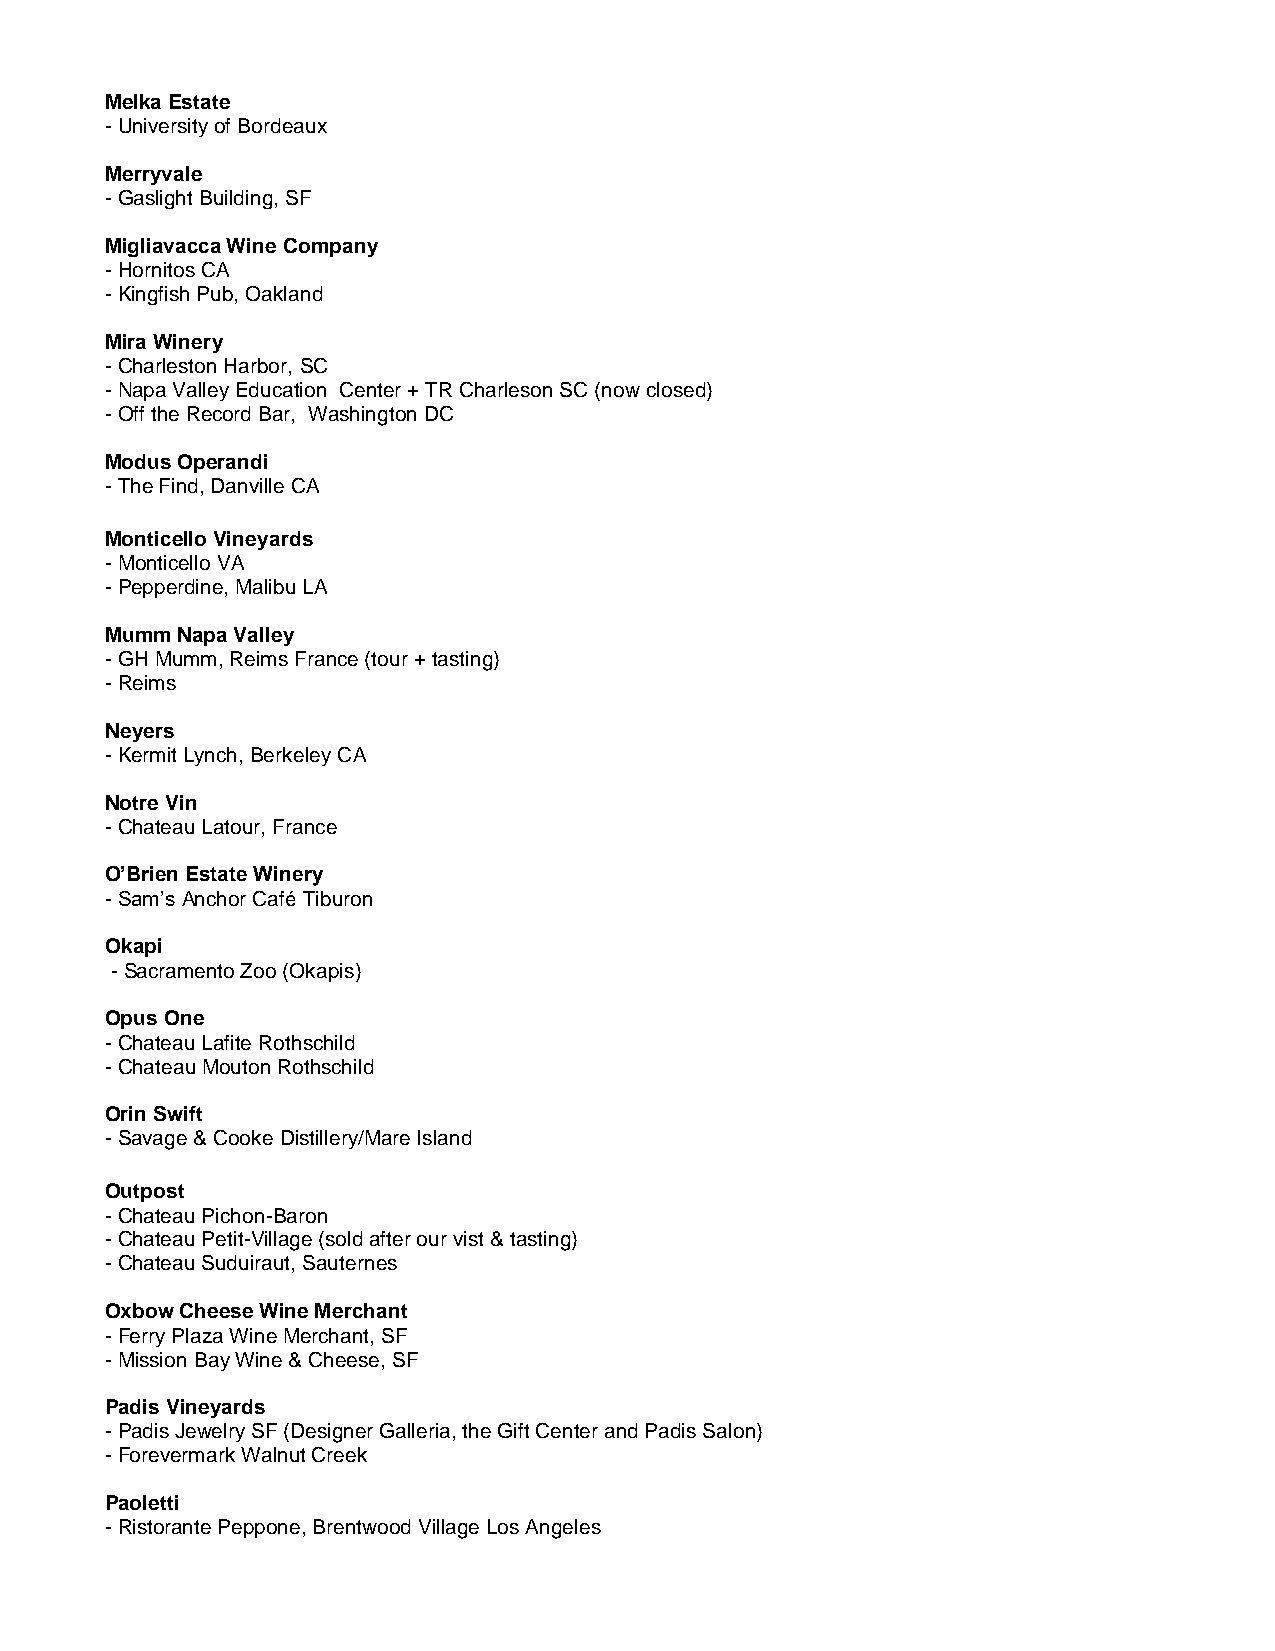
Melka Estate
 - University of Bordeaux
 Merryvale
 - Gaslight Building, SF
 Migliavacca Wine Company
 - Hornitos CA
 - Kingfish Pub, Oakland
 Mira Winery
 - Charleston Harbor, SC
 - Napa Valley Education Center + TR Charleson SC (now closed)
 - Off the Record Bar, Washington DC
 Modus Operandi
 - The Find, Danville CA
 Monticello Vineyards
 - Monticello VA
 - Pepperdine, Malibu LA
 Mumm Napa Valley
 - GH Mumm, Reims France (tour + tasting)
 - Reims
 Neyers
 - Kermit Lynch, Berkeley CA
 Notre Vin
 - Chateau Latour, France
 O’Brien Estate Winery
 - Sam’s Anchor Café Tiburon
 Okapi
 - Sacramento Zoo (Okapis)
 Opus One
 - Chateau Lafite Rothschild
 - Chateau Mouton Rothschild
 Orin Swift
 - Savage & Cooke Distillery/Mare Island
 Outpost
 - Chateau Pichon-Baron
 - Chateau Petit-Village (sold after our vist & tasting)
 - Chateau Suduiraut, Sauternes
 Oxbow Cheese Wine Merchant
 - Ferry Plaza Wine Merchant, SF
 - Mission Bay Wine & Cheese, SF
 Padis Vineyards
 - Padis Jewelry SF (Designer Galleria, the Gift Center and Padis Salon)
 - Forevermark Walnut Creek
 Paoletti
 - Ristorante Peppone, Brentwood Village Los Angeles